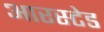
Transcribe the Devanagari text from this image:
आरस्टेड